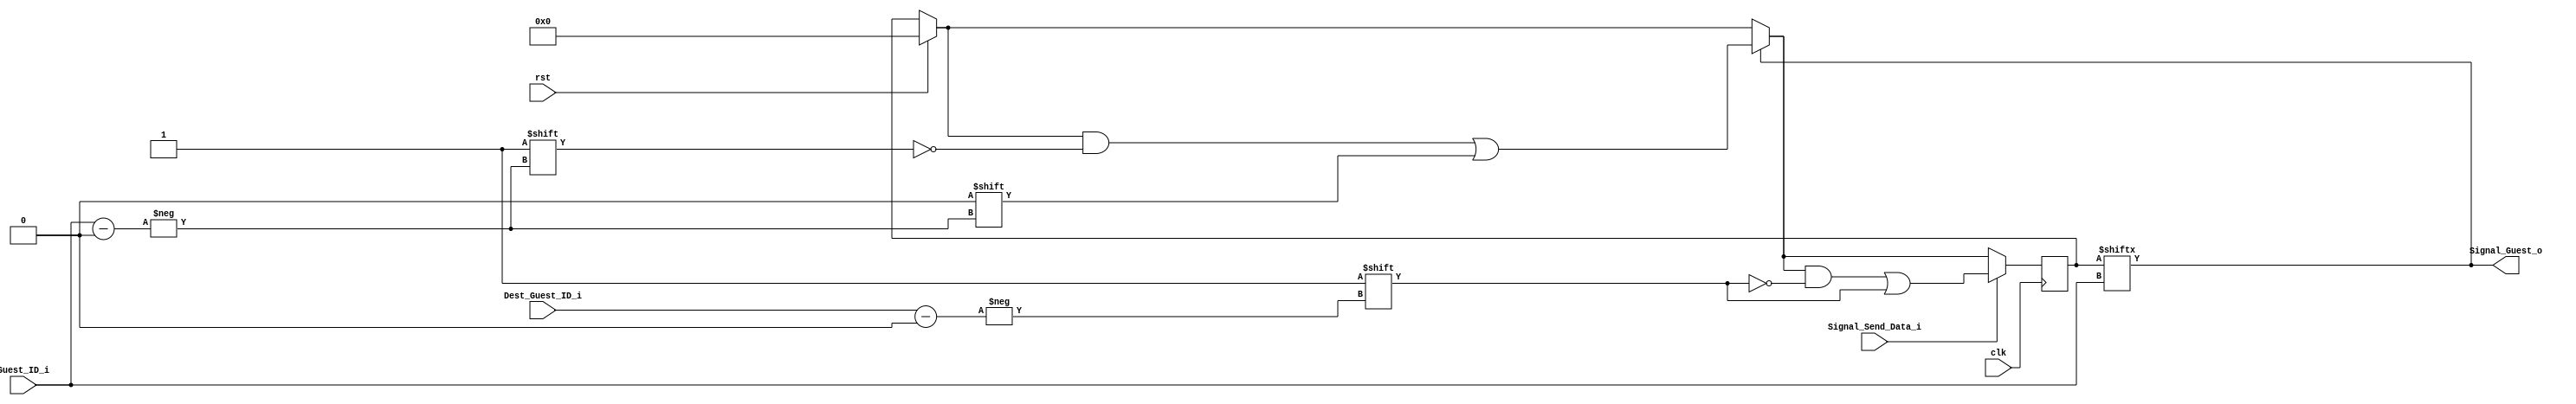
`timescale 1ns / 1ps
//////////////////////////////////////////////////////////////////////////////////
// Company: 
// Engineer: 
// 
// Design Name: 
// Module Name: Prototipo_IPC
// Project Name: 
// Target Devices: 
// Tool Versions: 
// Description: 
// 
// Dependencies: 
// 
// Revision:
// Revision 0.01 - File Created
// Additional Comments:
// 
//////////////////////////////////////////////////////////////////////////////////

module Signal_Manager(
	input clk,
	input rst,
	input [1:0] Guest_ID_i,       // Active Guest ID      
	input [1:0] Dest_Guest_ID_i,  // Destination Guest ID
	input Signal_Send_Data_i,     // When Active Guest ID send data to Dest Guest ID
	output reg Signal_Guest_o     // To signal Active Guest to read new message
);
    
    reg [3:0] Guest_Signal_r4;    // Each guest has a position in this register to save the interrupts

	always @ (posedge clk) begin
		if (rst) begin
			Guest_Signal_r4 <= 4'b0000;				
		end
		if(Signal_Guest_o) begin
			Guest_Signal_r4[Guest_ID_i] <= 0;  // Clear the bit of the active guest in the interrupt register , because it was signalized
		end
		if(Signal_Send_Data_i) begin
			Guest_Signal_r4[Dest_Guest_ID_i] <= 1'b1; // If data comes, set the bit for the Dest_Guest, for future interruption
		end
	end 
    
    always @(Guest_ID_i) begin
    	Signal_Guest_o = Guest_Signal_r4[Guest_ID_i]; // When the Active Guest changes it must check if it has an interruption in the Guest_Signal_r4    	
    end
    
endmodule


module Prototipo_IPC(
    input clk,
	input rst,
    input [1:0]  Guest_ID_i, 
    input [31:0] ID_addr1_i,
    input [31:0] ID_addr2_i,
    input [31:0] ID_addr3_i,
    input [31:0] ID_addr4_i,
    
    output Signal_Guest_o,
    output [29:0] Dest_Guest_Addr_o,
    
    input wire  [2047:0] Data_i,
    output wire [2047:0] Data_o
    );    
    
    reg [31:0] ID_addr1_r32;
    reg [31:0] ID_addr2_r32;
    reg [31:0] ID_addr3_r32;
    reg [31:0] ID_addr4_r32;
        
    // Set the possible addr for each Guest (it will be configured in the setup)
    always @ (ID_addr1_i != 0) begin
    	ID_addr1_r32 <= ID_addr1_i [31:0];
    end
    	
    always @ (ID_addr2_i != 0) begin
        ID_addr2_r32 <= ID_addr2_i [31:0];
    end
    	
    always @ (ID_addr3_i != 0) begin
        ID_addr3_r32 <= ID_addr3_i [31:0];
    end
    	
    always @ (ID_addr4_i != 0) begin
        ID_addr4_r32 <= ID_addr4_i [31:0];
    end
      
    reg [1:0] Guest_ID_r2; 
        
    always @ (Guest_ID_i)
    	Guest_ID_r2 <= Guest_ID_i;  // Save the Current/Active Guest ID
    	
    wire [31:0] Dest_Guest_ID_addr_w32;    
    wire [1:0]  Dest_Guest_ID_w2;    
    
    // Set the destination addr according to the Active Guest
    assign Dest_Guest_ID_addr_w32 = (Guest_ID_i == 0) ? ID_addr1_r32 :
    						 		(Guest_ID_i == 1) ? ID_addr2_r32 :
    						 		(Guest_ID_i == 2) ? ID_addr3_r32 :
    						 		(Guest_ID_i == 3) ? ID_addr4_r32 : 0;
     
    assign Dest_Guest_Addr_o = Dest_Guest_ID_addr_w32[29:0];
	assign Dest_Guest_ID_w2  = Dest_Guest_ID_addr_w32[31:30];  // The Destination Guest ID
		
	wire Dest_Guest_Signal;  // Signal to Signal Manager if data comes
		
	assign Dest_Guest_Signal = (Data_i != 0) ? 1 : 0;
	
	Signal_Manager Signal_Manager(
		.clk(clk),
		.rst(rst),
		.Guest_ID_i(Guest_ID_r2),
		.Dest_Guest_ID_i(Dest_Guest_ID_w2),
		.Signal_Send_Data_i(Dest_Guest_Signal),
		.Signal_Guest_o(Signal_Guest_o)
	);
		
	assign Data_o = Data_i;
    
endmodule